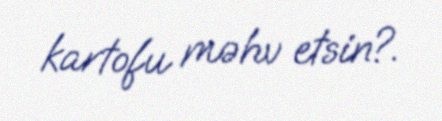
kartofu məhv etsin?.